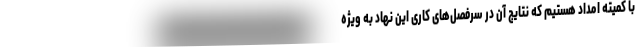
با کمیته امداد هستیم که نتایج آن در سرفصل‌های کاری این نهاد به ویژه